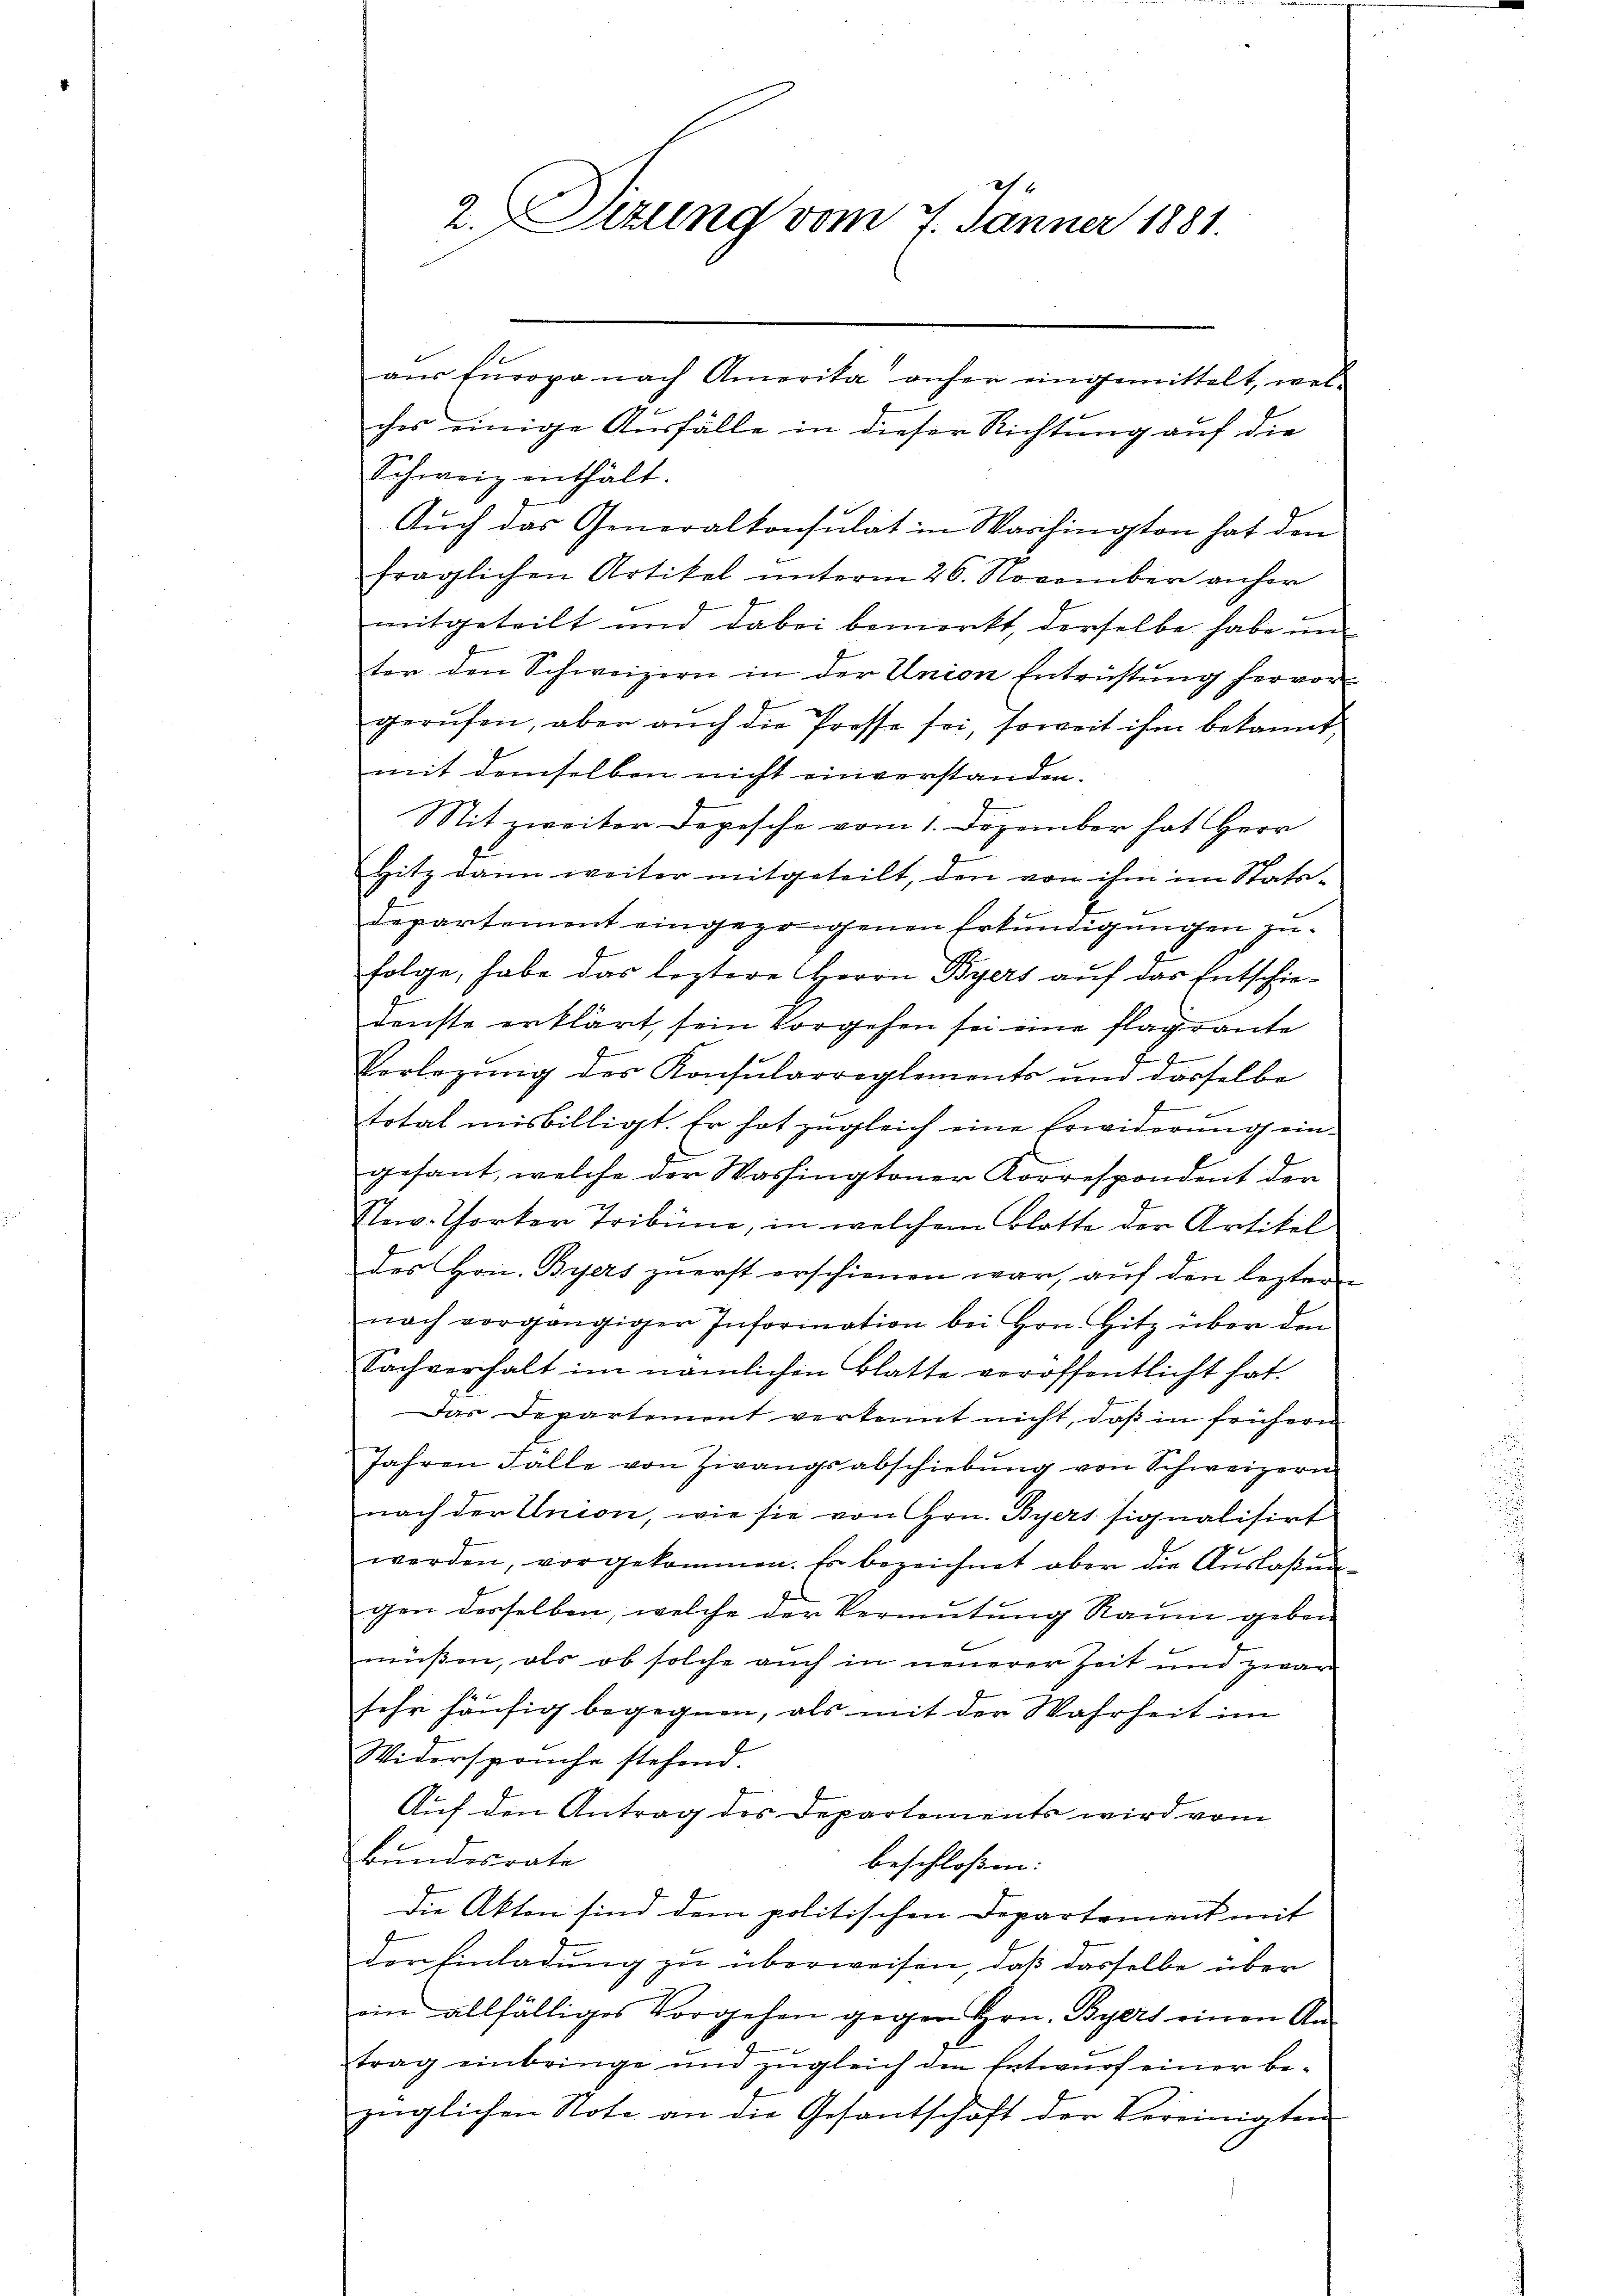
aus Europa nach Amerika anher eingemittelt, welches einige Ausfälle in dieser Richtung auf die
Schweiz enthält.
Auch das Generalkonsulat in Warchington hat den
fraglichen Artikel unterm 26. November anher
mitgeteilt und dabei bemerkt, derselbe habe un
ter den Schweizern in der Union Entrüstung hervor-
gerufen, aber auch die Presse sei, soweit ihm bekannt,
mit demselben nicht einverstanden.
g
SSit zweiter Depesche vom 1. Dezember hat Herr
Hitz dann weiter mitgeteilt, den von ihm im Statsdepartement eingezogenen Erkundigungen zufolge, habe das leztere Herrn Byers auf das Entschiedenste erklärt, sein Vorgehen sei eine flagrante
Verlegŭng des Konsularreglements und dasselbe
total misbilligt. Er hat zŭgleich eine Erwiderŭng ein-
gesant, welche der Washingtoner Korrespondent der
New-Torter Tribüne, in welchem Blatte der Artikel
des Hrn. Biers zuerst erschienen war, aŭf den leztern
nach vorgängigen Information bei Hrn. Hitz über den
Sachverhalt im nämlichen Blatte veröffentlicht hat.
Das Departement verkennt nicht, daß in frühern
Jahren Fälle von Zwangsabschiebung von Schweizern
nach der Union, wie sie von Hrn. Byers signalisirt
werden, vorgekommen. Es bezeichnet aber die Auslaßungen desselben, welche der Vermutung Raum geben
müßen, als ob solche auch in neuerer Zeit und zwar
sehr häufig begegnen, als mit der Wahrheit im
Widerspruche stehend.
Auf den Antrag des Departements wird vom
Bundesrate
beschloßen:
Die Akten sind dem politischen Departement mit
der Einladung zu überweisen, daß dasselbe über
ein allfälliges Vorgehen gegen Hrn. Byers einen Antrag einbringe und zugleich den Entwurf einer be-
züglichen Note an die Gesantschaft der Vereinigten

2. Sitzung vom 7. Jänner 1881.